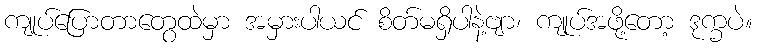
ကျုပ်ပြောတာတွေထဲမှာ အမှားပါယင် စိတ်မရှိပါနဲ့ဗျာ၊ ကျုပ်အဖို့တော့ ဒုက္ခပဲ။